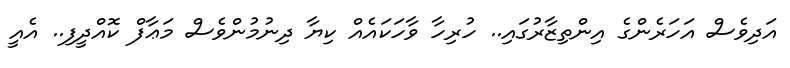
އަދިވެސް އަހަރެންގެ އިންތިޒާރުގައި.. ހުރިހާ ވާހަކައެއް ކިޔާ ދިނުމުންވެސް މަޢާފް ކޮއްދީފި.. އެއީ